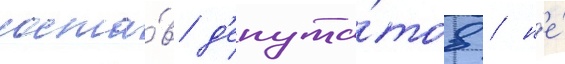
соста́в д'епута́тов / н'е́